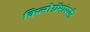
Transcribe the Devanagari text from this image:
किलोग्रॅमांपर्यंत